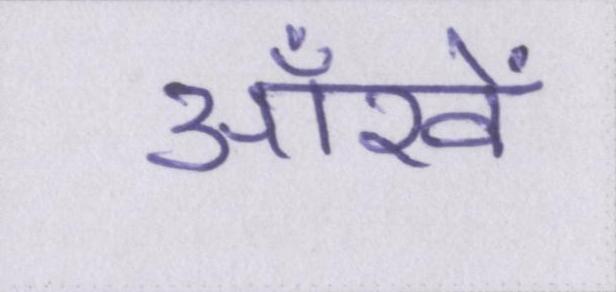
ऑंखें